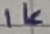
Text: 1K